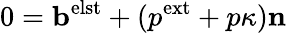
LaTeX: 0=\mathbf b^{\mathrm{elst}}+(p^{\mathrm{ext}}+p\kappa)\mathbf n